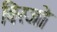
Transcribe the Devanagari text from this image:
विरजो